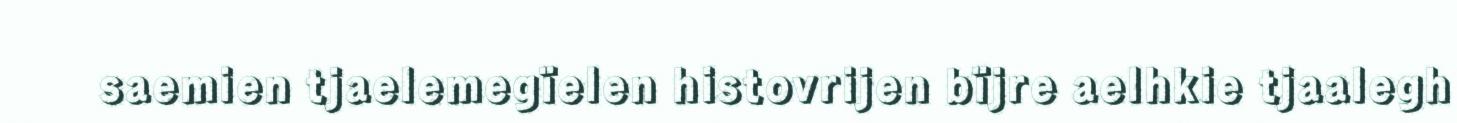
saemien tjaelemegïelen histovrijen bïjre aelhkie tjaalegh